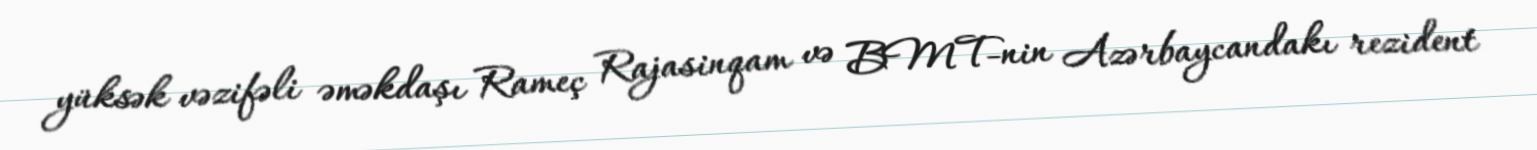
yüksək vəzifəli əməkdaşı Rameç Rajasinqam və BMT-nin Azərbaycandakı rezident